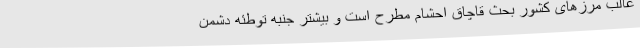
غالب مرزهای کشور بحث قاچاق احشام مطرح است و بیشتر جنبه توطئه دشمن